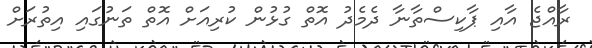
ރާއްޖެ އާއި ޕާކިސްތާނާ ދެމެދު އޮތް ގުޅުން ކުރިއަށް އޮތް ތަނުގައި އިތުރަށް